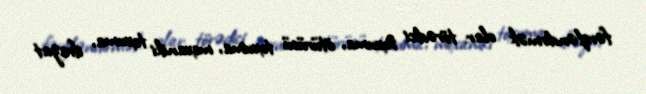
fərqləndirmək olar: törədici toxuma, ötürücü toxuma, mexaniki toxuma, ifrazat